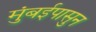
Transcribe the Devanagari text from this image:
मुंबईपासुन